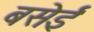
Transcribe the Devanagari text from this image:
बसेईं